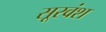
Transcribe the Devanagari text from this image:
सूरवंश